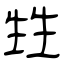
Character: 甡